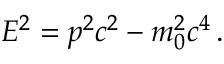
E ^ { 2 } = p ^ { 2 } c ^ { 2 } - m _ { 0 } ^ { 2 } c ^ { 4 } \, .